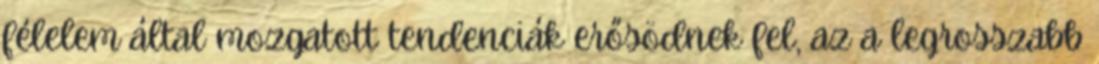
félelem által mozgatott tendenciák erősödnek fel, az a legrosszabb